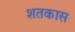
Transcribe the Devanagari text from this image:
शतकास